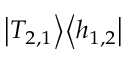
\left| T _ { 2 , 1 } \right> \! \left< h _ { 1 , 2 } \right|